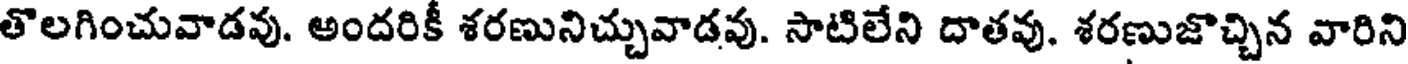
తొలగించువాడవు. అందరికీ శరణునిచ్చువాడవు. సాటిలేని దాతవు. శరణుజొచ్చిన వారిని